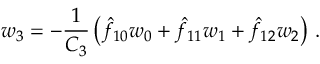
w _ { 3 } = - { \frac { 1 } { C _ { 3 } } } \left( \hat { f } _ { 1 0 } w _ { 0 } + \hat { f } _ { 1 1 } w _ { 1 } + \hat { f } _ { 1 2 } w _ { 2 } \right) \, .